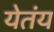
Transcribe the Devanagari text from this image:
येतंय